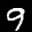
Label: 9